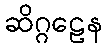
ဆိဂ္ဂဠေန